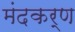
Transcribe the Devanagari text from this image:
मंदकर्ण